Maali_päevik, lk 266
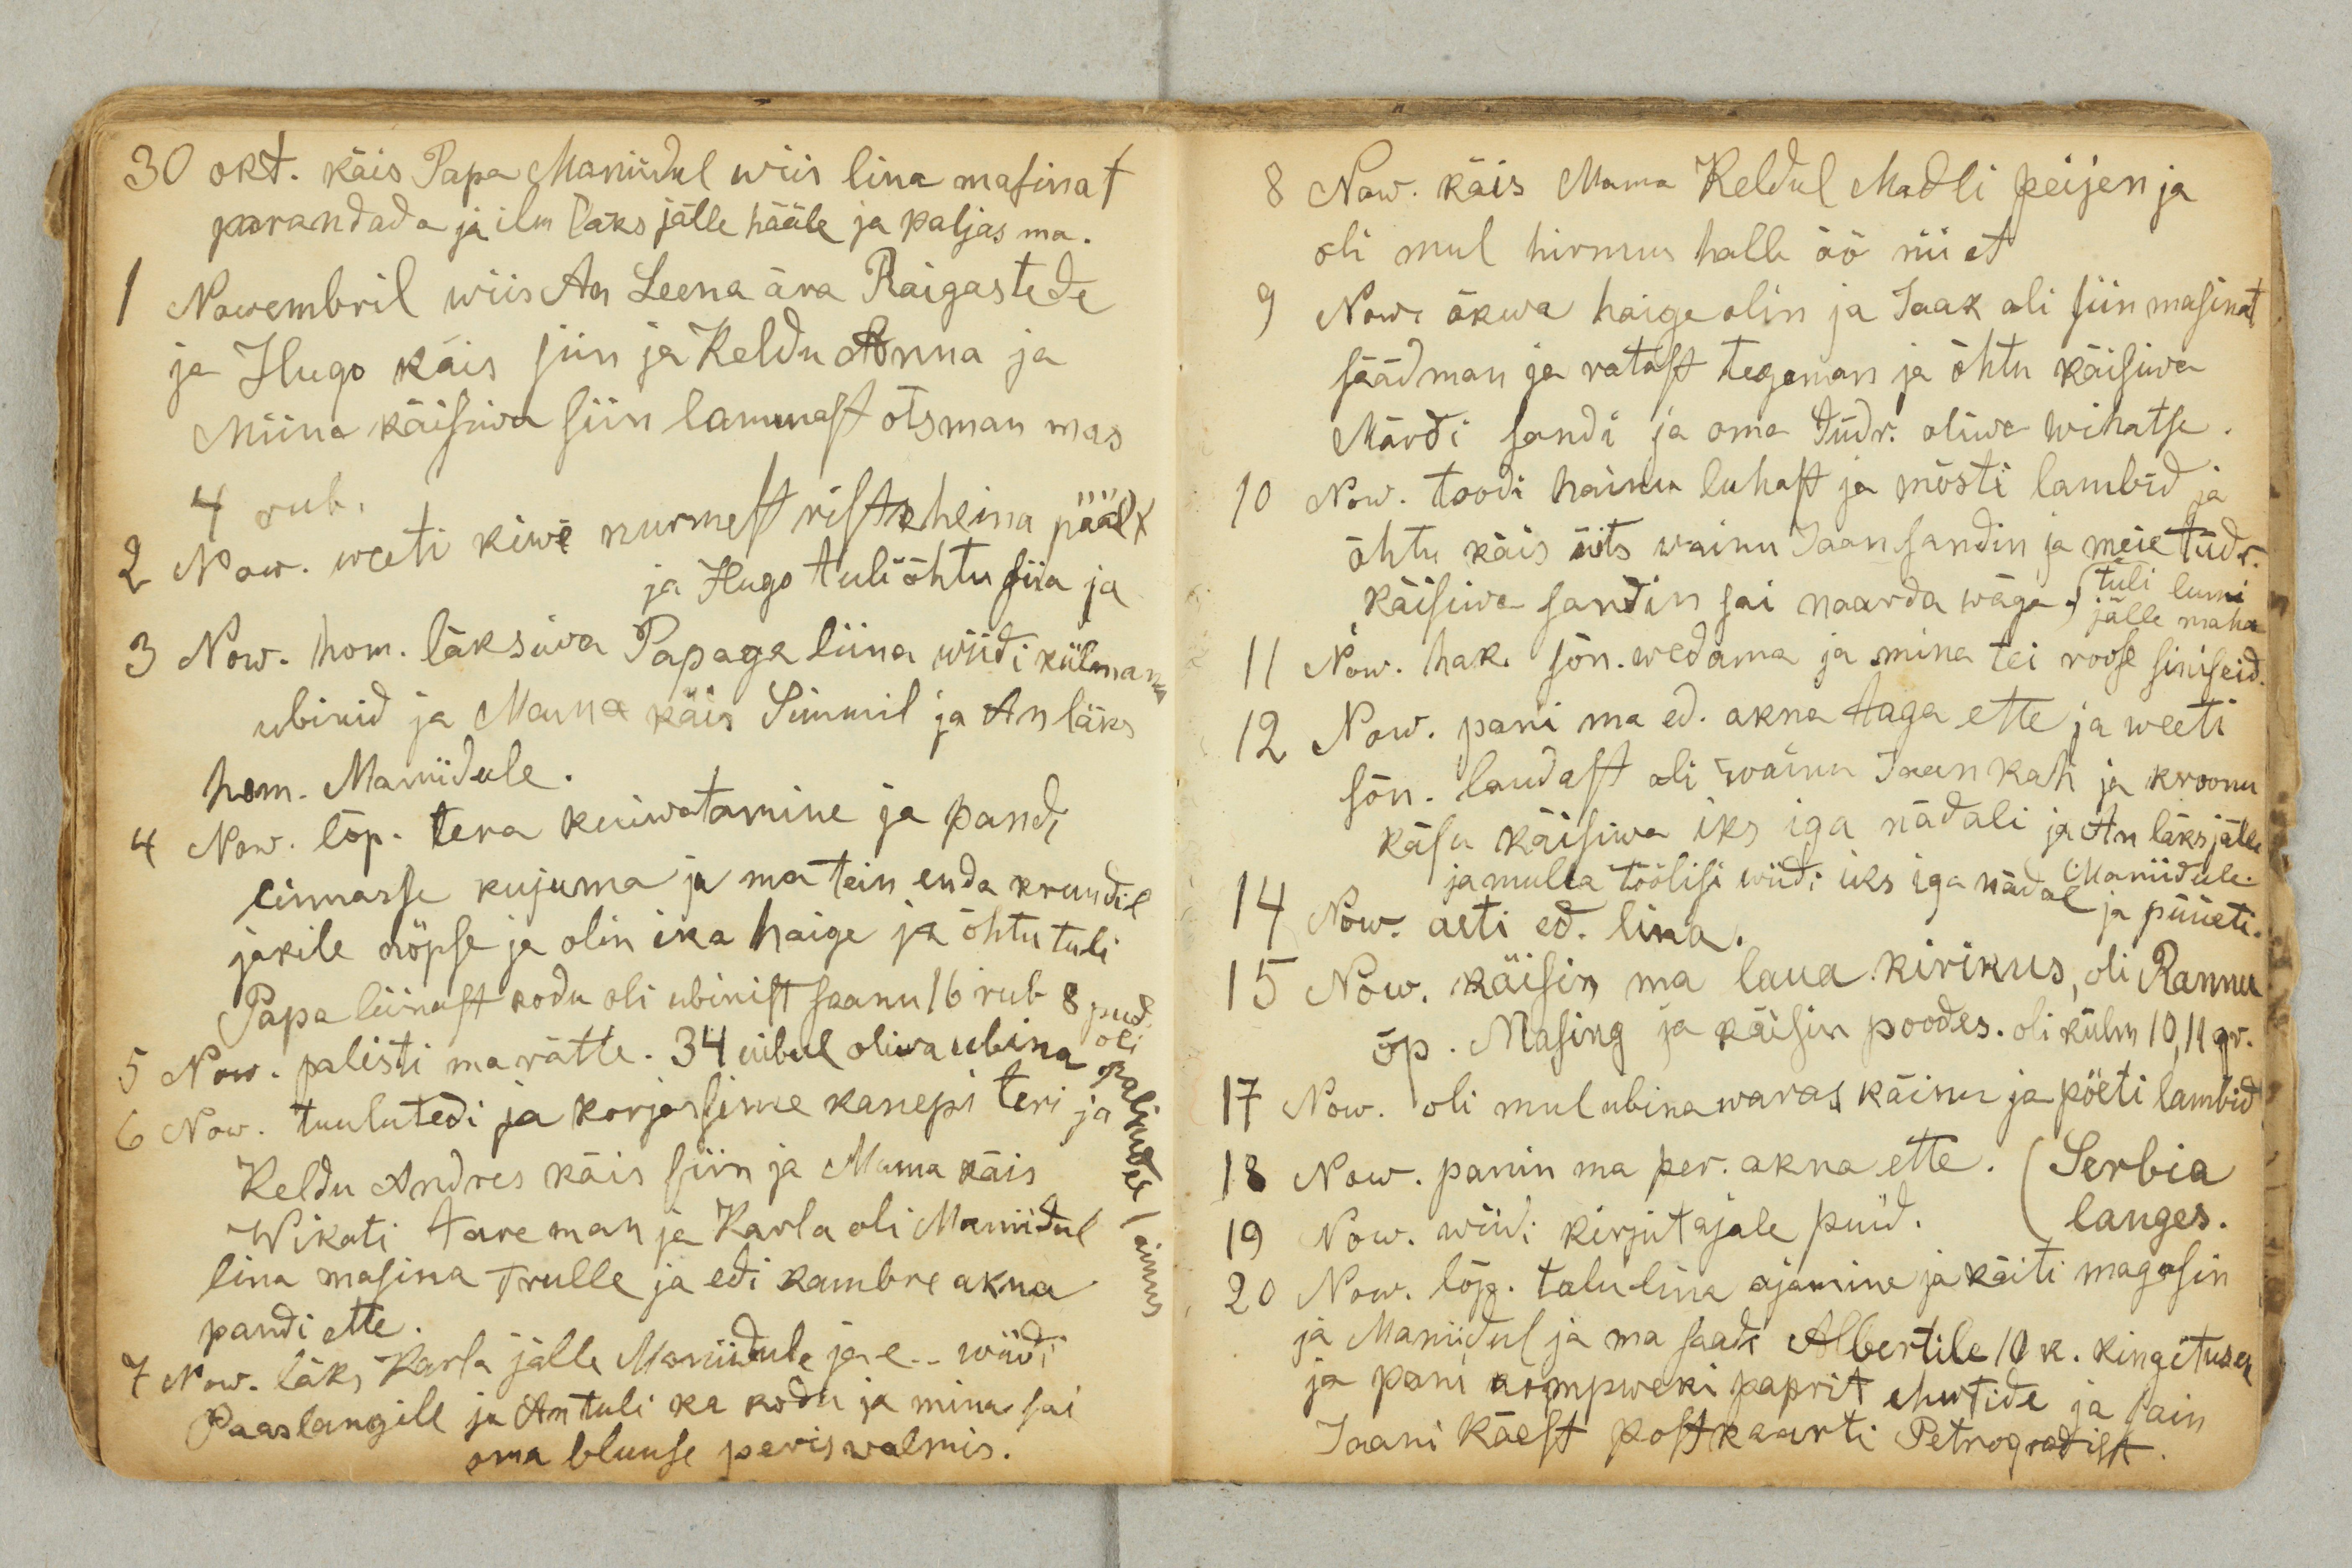
30 okt. käis Papa Maniidul wiis lina masinat
parandada ja ilm läks jälle hääle ja paljas ma.
1 Nowembril wiis An Leena ära Raigastede
ja Hugo käis siin ja Keldu Anna ja
Miina käisiwa siin lammast otsman mas
4 rub.
2 Now. weeti kiwe nurmest ristikheina päält
ja Hugo tuli õhtu siia ja
3 Now. hom. läksiwa Papaga liina wiidi külmanu
ubinid ja Mama käis Simmil ja An läks
hom. Maniidule.
4 Now. lõp. tera kuiwatamine ja pandi
linnasse kujuma ja ma tein enda kruudil
jakile nöpse ja olin ika haige ja õhtu tuli
Papa liinast kodu oli ubinaist saanu 16 rub 8 pud.
oli
5 Now. palisti ma rätte. 34 uibul oliwa ubina
paljudel 1 ainus
6 Now. tuulutedi ja korjassime kanepi teri ja
Keldu Andres käis siin ja Mama käis
Wikati tare man ja Karla oli Maniidul
lina masina trulle ja edi kambre akna
pandi ette.
7 Now. läks Karla jälle Maniidule ja e.. wiidi
Paaslangile ja An tuli ka kodu ja mina sai
oma bluuse peris walmis.

8 Now. käis Mama Keldul Madli peijen ja
oli mul hirmus halb öö nii et
9 Now. õkwa haige olin ja Jaak oli siin masinat
säädman ja ratast tegeman ja õhtu käisiwa
Märdi sandi ja oma tüdr. oliwa wihatse.
10 Now. toodi hainu luhast ja mõsti lambid ja
õhtu käis üits wainu Jaan sandin ja meie tüdr.
käisiwa sandin sai naarda wäga.
tuli lumi
jälle maha
11 Now. hak. sõn. wedama ja mina tei roose siniseid.
12 Now. pani ma ed. akna taga ette ja weeti
sõn. laudast oli wainu Jaan kah ja kroonu
käsu käisiwa iks iga nädali ja An läks jälle
Maniidule.
ja mulla täälisi wiidi üks iga nädal ja püüeti.
14 Now. aeti ed. lina.
15 Now. käisin ma laua kirikus, oli Rannu
õp. Masing ja käisin poodes. oli külm 10, 11 gr.
17 Now. oli mul ubina waras käinu ja pöeti lambid
18 Now. panin ma per. akna ette.
Serbia
langes.
19 Now. wiidi kirjutajale puid.
20 Now. lõp. talu lina ajamine ja käiti magasin
ja Maniidul ja ma saadi Albertile 10 k. kingitusen
ja pani kompweki paprit ehwtide ja sain
Jaani käest postkaarti Petrogradist.